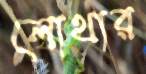
লোথার